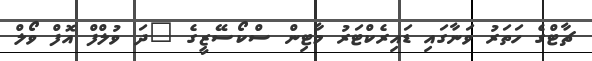
ޗާޓްގެ ހަތަރު ވަނާގައި ޑައިރެކްޓަރު މާޓިން ސްކޯސޭޒީގެ "ދަ ވުލްފް އޮފް ވޯލް